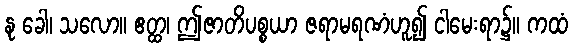
နု ခေါ၊ သလော။ ဧတ္ထ၊ ဤဇာတိပစ္စယာ ဇရာမရဏံဟူ၍ ငါမေးရာ၌။ ကထံ